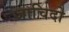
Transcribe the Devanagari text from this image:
जाचिदो